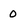
Character: 0